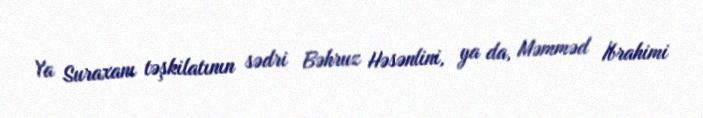
Ya Suraxanı təşkilatının sədri Bəhruz Həsənlini, ya da, Məmməd İbrahimi